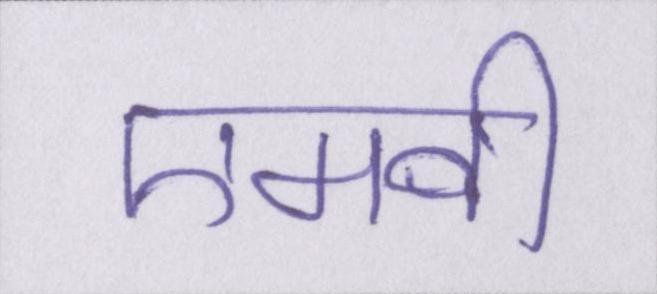
एमवी